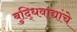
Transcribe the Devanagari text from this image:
बुद्धिवाद्यांचे